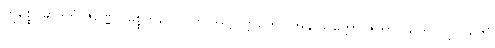
ဣစ္စေဝမာဒိကံ ဇိဏ္ဏော မုစ္စတိယေဝါတိ အဋ္ဌုပ္ပတ္တိကော အနွာသတ္တော ဇုဟာဝယတိ ဂဗ္ဘကရဏံ